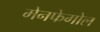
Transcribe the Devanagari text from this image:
मेनफेगोल